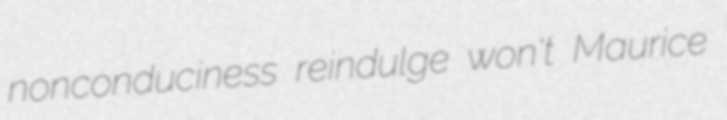
nonconduciness reindulge won't Maurice